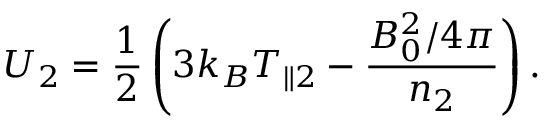
U _ { 2 } = \frac { 1 } { 2 } \left( 3 k _ { B } T _ { \parallel 2 } - \frac { B _ { 0 } ^ { 2 } / 4 \pi } { n _ { 2 } } \right) .